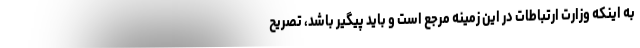
به اینکه وزارت ارتباطات در این زمینه مرجع است و باید پیگیر باشد، تصریح